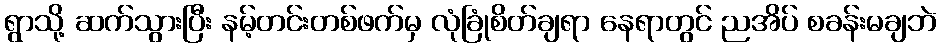
ရွာသို့ ဆက်သွားပြီး နမ့်တင်းတစ်ဖက်မှ လုံခြုံစိတ်ချရာ နေရာတွင် ညအိပ် စခန်းမချဘဲ